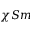
\chi S m